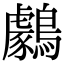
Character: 𪆺